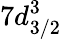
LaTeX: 7d_{3/2}^{3}\, \, \, \,